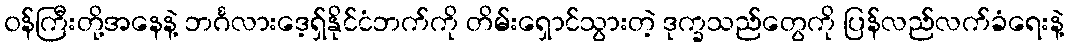
၀န်ကြီးတို့အနေနဲ့ ဘင်္ဂလားဒေ့ရှ်နိုင်ငံဘက်ကို တိမ်းရှောင်သွားတဲ့ ဒုက္ခသည်တွေကို ပြန်လည်လက်ခံရေးနဲ့